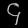
Digit: ၄